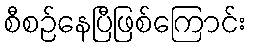
စီစဉ်နေပြီဖြစ်ကြောင်း